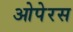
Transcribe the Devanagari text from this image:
ओपेरस